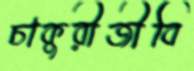
চাকুরীজীবি